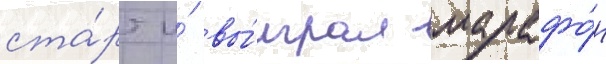
ста́рт и́ вы́играл марафо́н